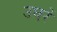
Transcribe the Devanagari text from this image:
उघरें